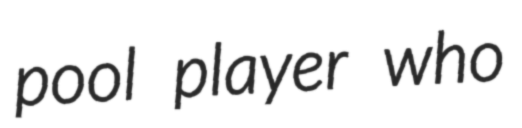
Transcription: pool player who